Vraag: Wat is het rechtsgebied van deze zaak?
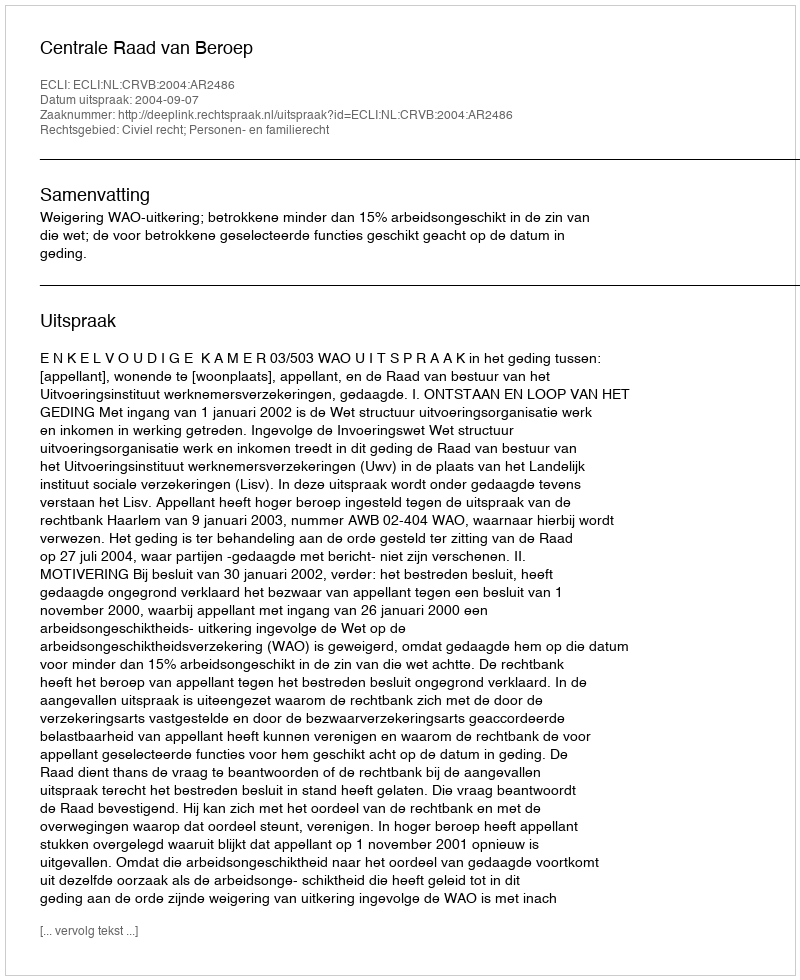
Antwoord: Civiel recht; Personen- en familierecht